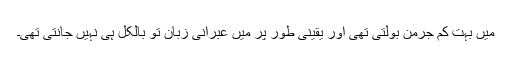
میں بہت کم جرمن بولتی تھی اور یقینی طور پر میں عبرانی زبان تو بالکل ہی نہیں جانتی تھی۔